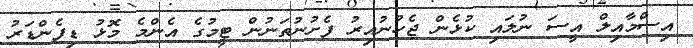
އިސްމާއިލް އީސަ ނުލައި ކުޅެން ޖެހުނުއިރު ފެށުނުތަނުން ޓީމުގެ އެންމެ މޮޅު ޑިފެންޑަރު